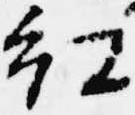
紅